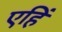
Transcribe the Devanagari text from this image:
एहिं